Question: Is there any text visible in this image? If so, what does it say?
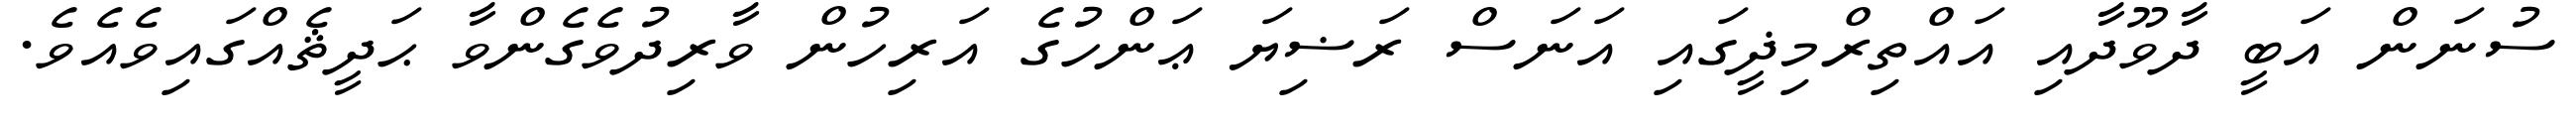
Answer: ސުނަން އަބީ ދާވޫދާއި އައްތިރްމިޛީގައި އަނަސް ރަޟިޔަ ޢަންހުގެ އަރިހުން ވާރިދުވެގެންވާ ޙަދީޘެއްގައިވެއެވެ.